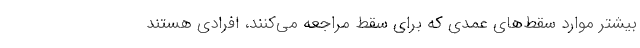
بیشتر موارد سقط‌‌های عمدی که برای سقط مراجعه می‌کنند، افرادی هستند